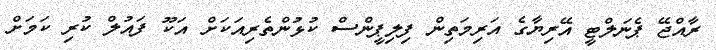
ރާއްޖޭ ޕެނަލްޓީ އޭރިޔާގެ އަރިމަތިން ފިލިޕީންސް ކުޅުންތެރިއަކަށް އަކޫ ފައުލް ކުރި ކަމަށް